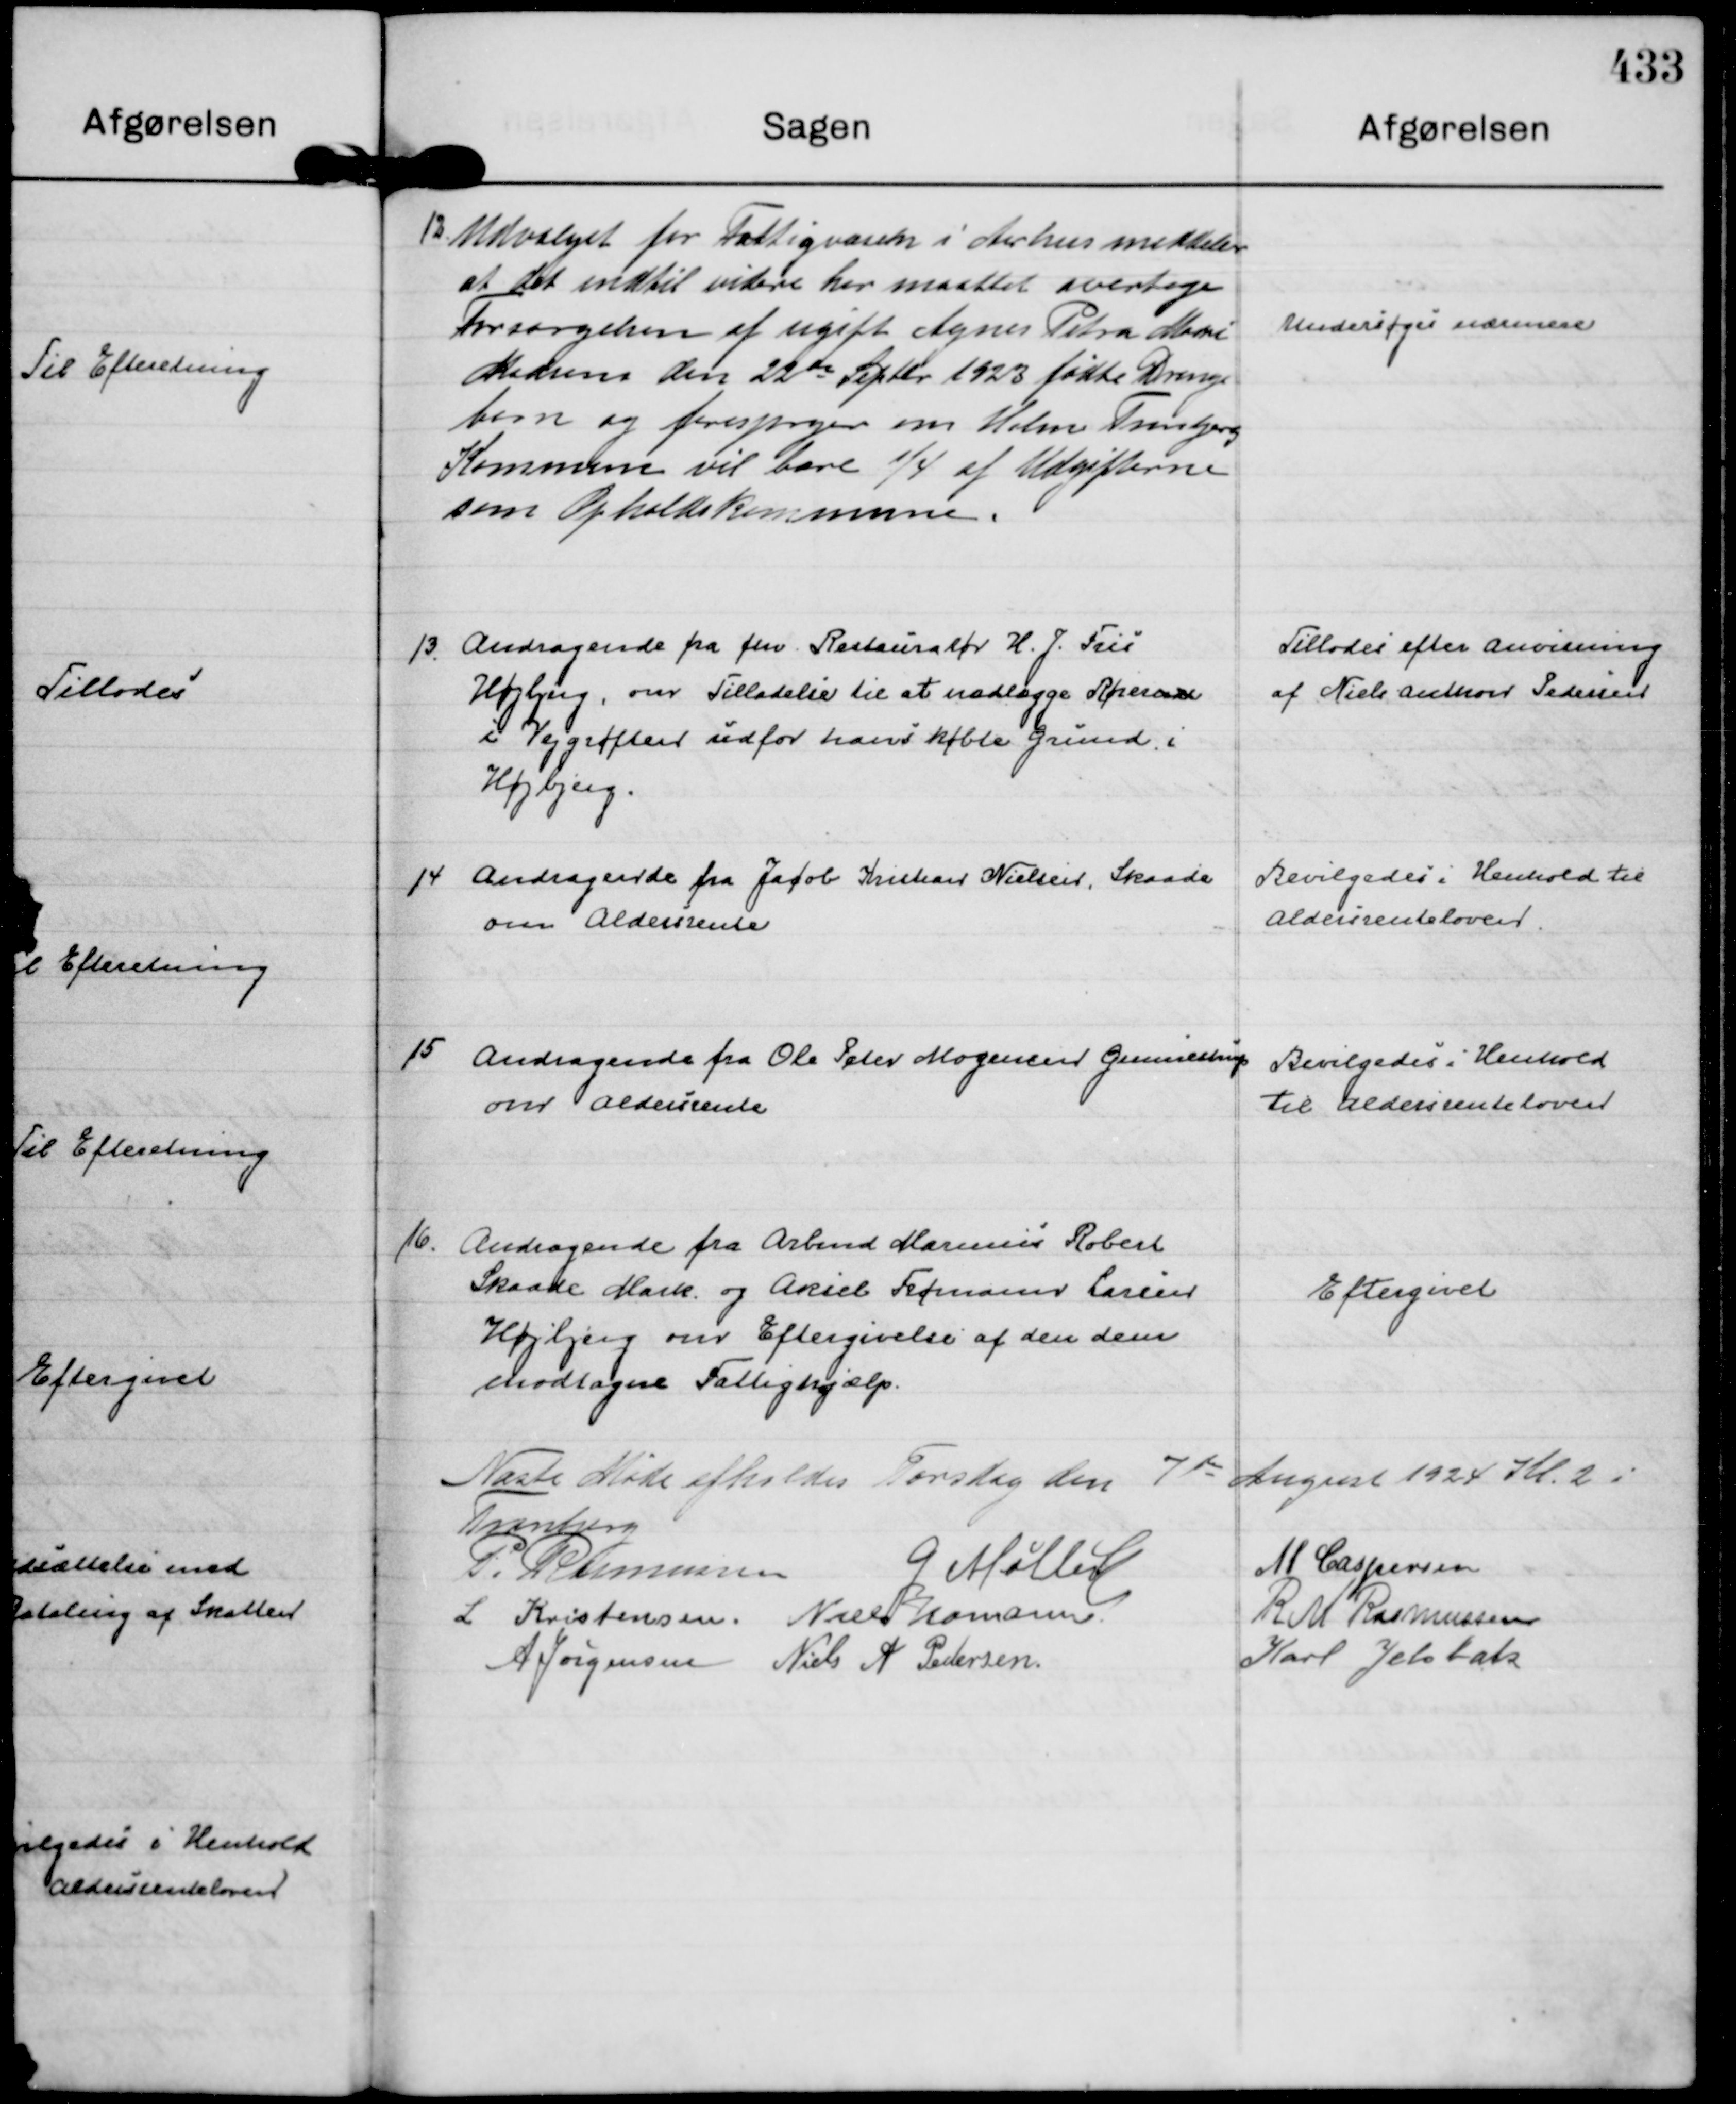
Transskription:
12.
Udvalget for Fattigvæsen i Aarhus meddeler
at det indtil videre har maattet overtage
Forsørgelsen af ugift Agnes Petra Marie
Madsens den 22 de Septbr 1923 fødte Drenge
barn og forespørger om Holm Tranbjerg
Kommun vil bære ¼ af Udgifterne
som Opholdskommune.

Undersøges nærmere

13
Andragende fra fhv Restauratør H. J. Fris
Højbjerg, om Tilladelse til at nedlægge Rørernde
i Vejgrøften udfor hans købte Grund, i
Højbjerg.

Tillodes efter anvisning
af Niels Anthon Pedersen

14
Andragende fra Jacob Kristian Nielsen, Skaade
om Aldersrente

Bevilgedes i Henhold til
Aldersrenteloven.

15
Andragende fra Ole Peter Mogensen Gunnestrup
om Aldersrente

Bevilgedes i Henhold
til Aldersrenteloven

16.
Andragende fra Arbmd Marinus Robert
Skaade Mark. og Aksel Frømann Larsen
Højbjerg om Eftergivelse af den dem
modtagne Fattighjælp.

Eftergivet

Næste Møde afholdes Torsdag den 7 de August 1924 Kl. 2 i 
Tranbjerg
P. Rasmussen
G Møller
M Caspersen
L Kristensen.
Niels Hamann.
R M Rasmussen
A Jørgensen
Niels A Pedersen.
Karl Jelsbak